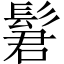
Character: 𫘿